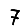
Digit: 7